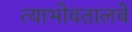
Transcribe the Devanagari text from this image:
त्याभोवतालचे